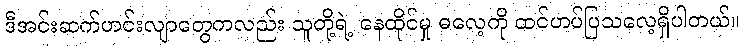
ဒီအင်းဆက်ဟင်းလျာတွေကလည်း သူတို့ရဲ့ နေထိုင်မှု ဓလေ့ကို ထင်ဟပ်ပြသလေ့ရှိပါတယ်။